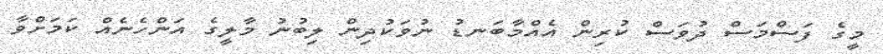
މީގެ ފަސްމަސް ދުވަސް ކުރިން އެއްމާބަނޑު ނުވަކުދިން ލިބުނު މާލީގެ އަންހެނެއް ކަމަށްވާ